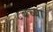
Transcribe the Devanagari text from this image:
८बच्या